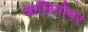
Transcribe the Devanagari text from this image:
आलिगोमर